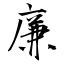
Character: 廉